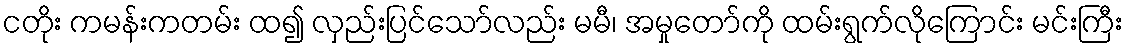
ငတိုး ကမန်းကတမ်း ထ၍ လှည်းပြင်သော်လည်း မမီ၊ အမှုတော်ကို ထမ်းရွက်လိုကြောင်း မင်းကြီး